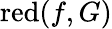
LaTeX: \operatorname{red}(f,G)